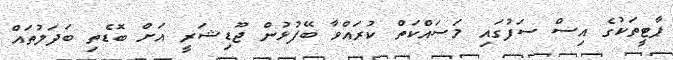
ޕާޓީތަކުގެ އިސް ސަފުގައި މަސައްކަތް ކުރައްވާ ބޭފުޅުން ޖޫޑިޝަރީ އަށް ބޮޑެތި ބަދަލުތައް